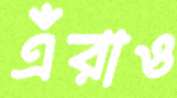
এঁরাও